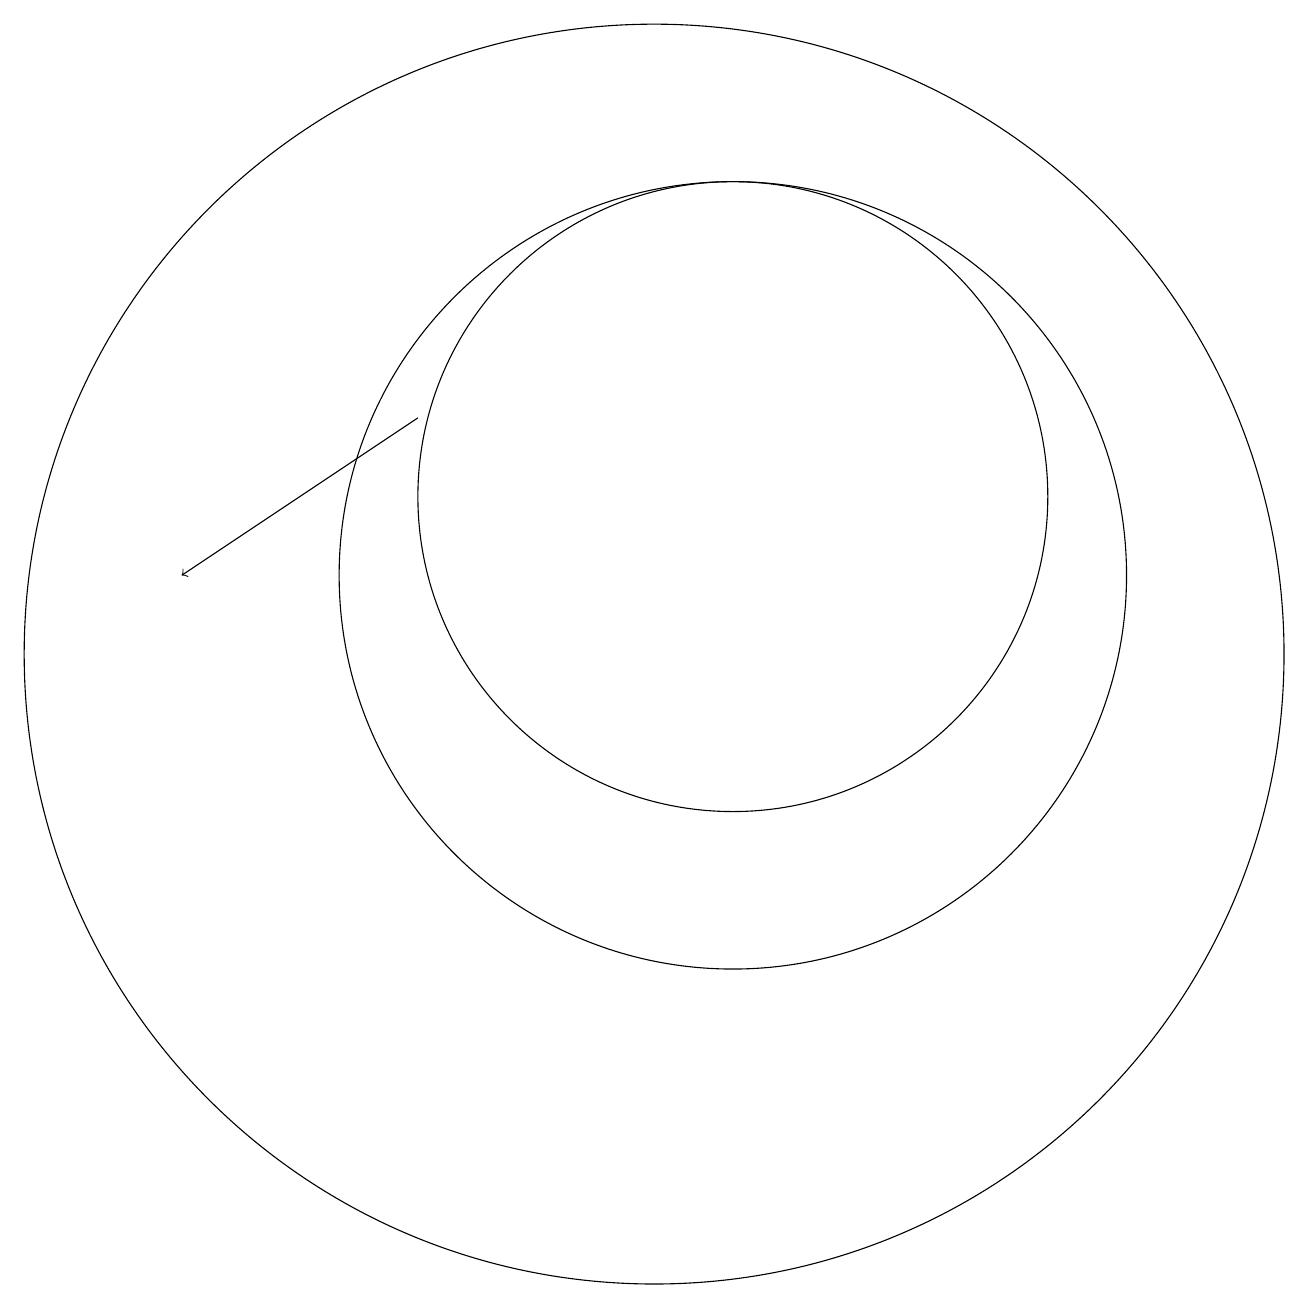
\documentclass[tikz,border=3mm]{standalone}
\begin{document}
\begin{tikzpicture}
\draw (11,10) circle (8);
\draw[->] (8,13) -- (5,11);
\draw (12,11) circle (5);
\draw (11,11) circle (0);
\draw (12,12) circle (4);
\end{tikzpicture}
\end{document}